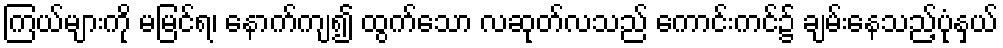
ကြယ်များကို မမြင်ရ၊ နောက်ကျ၍ ထွက်သော လဆုတ်လသည် ကောင်းကင်၌ ချမ်းနေသည့်ပုံနှယ်